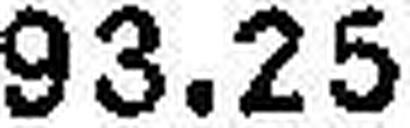
93.25